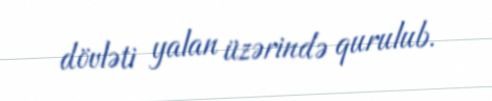
dövləti yalan üzərində qurulub.